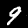
Label: 9